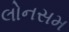
લોનસમ